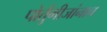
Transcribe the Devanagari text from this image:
पोर्तुगीजांनाच